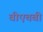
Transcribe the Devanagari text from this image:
वीएचबी